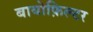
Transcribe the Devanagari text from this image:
बायोफ़िल्टर